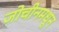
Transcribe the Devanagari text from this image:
जोचीनमधून